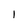
Character: I